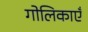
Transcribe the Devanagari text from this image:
गोलिकाएँ